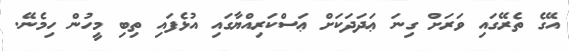
އޭގެ ތެރޭގައި ވަރަށް ގިނަ ޢަދަދަކަށް ޢަސްކަރިއްޔާގައި އުޅެފައި ތިބި މީހުން ހިމެނޭ.